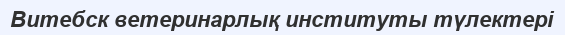
Витебск ветеринарлық институты түлектері